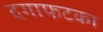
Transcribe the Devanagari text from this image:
दगाफटका